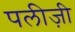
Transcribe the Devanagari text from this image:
पलीज़ी